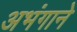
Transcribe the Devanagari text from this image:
अभंगाने